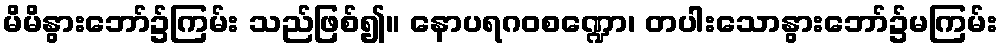
မိမိနွားဘော်၌ကြမ်း သည်ဖြစ်၍။ နောပရဂဝစဏ္ဍော၊ တပါးသောနွားဘော်၌မကြမ်း